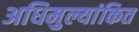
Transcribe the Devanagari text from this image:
अधिमुल्यांकित